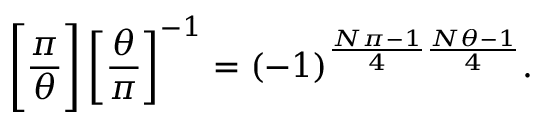
{ \Bigg [ } { \frac { \pi } { \theta } } { \Bigg ] } \left[ { \frac { \theta } { \pi } } \right] ^ { - 1 } = ( - 1 ) ^ { { \frac { N \pi - 1 } { 4 } } { \frac { N \theta - 1 } { 4 } } } .